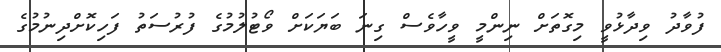
ފުވާދު ވިދާޅުވީ މިގޮތަށް ނިންމީ ވީހާވެސް ގިނަ ބަޔަކަށް ވޯޓުލުމުގެ ފުރުސަތު ފަހިކޮށްދިނުމުގެ